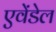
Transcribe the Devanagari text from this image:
एवेंडेल